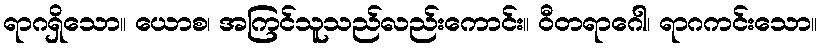
ရာဂရှိသော။ ယောစ၊ အကြင်သူသည်လည်းကောင်း။ ဝီတရာဂေါ၊ ရာဂကင်းသော။